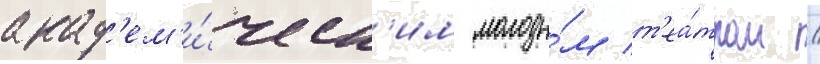
акад'ем'и́ческ'им молоды́м т'еа́тром /